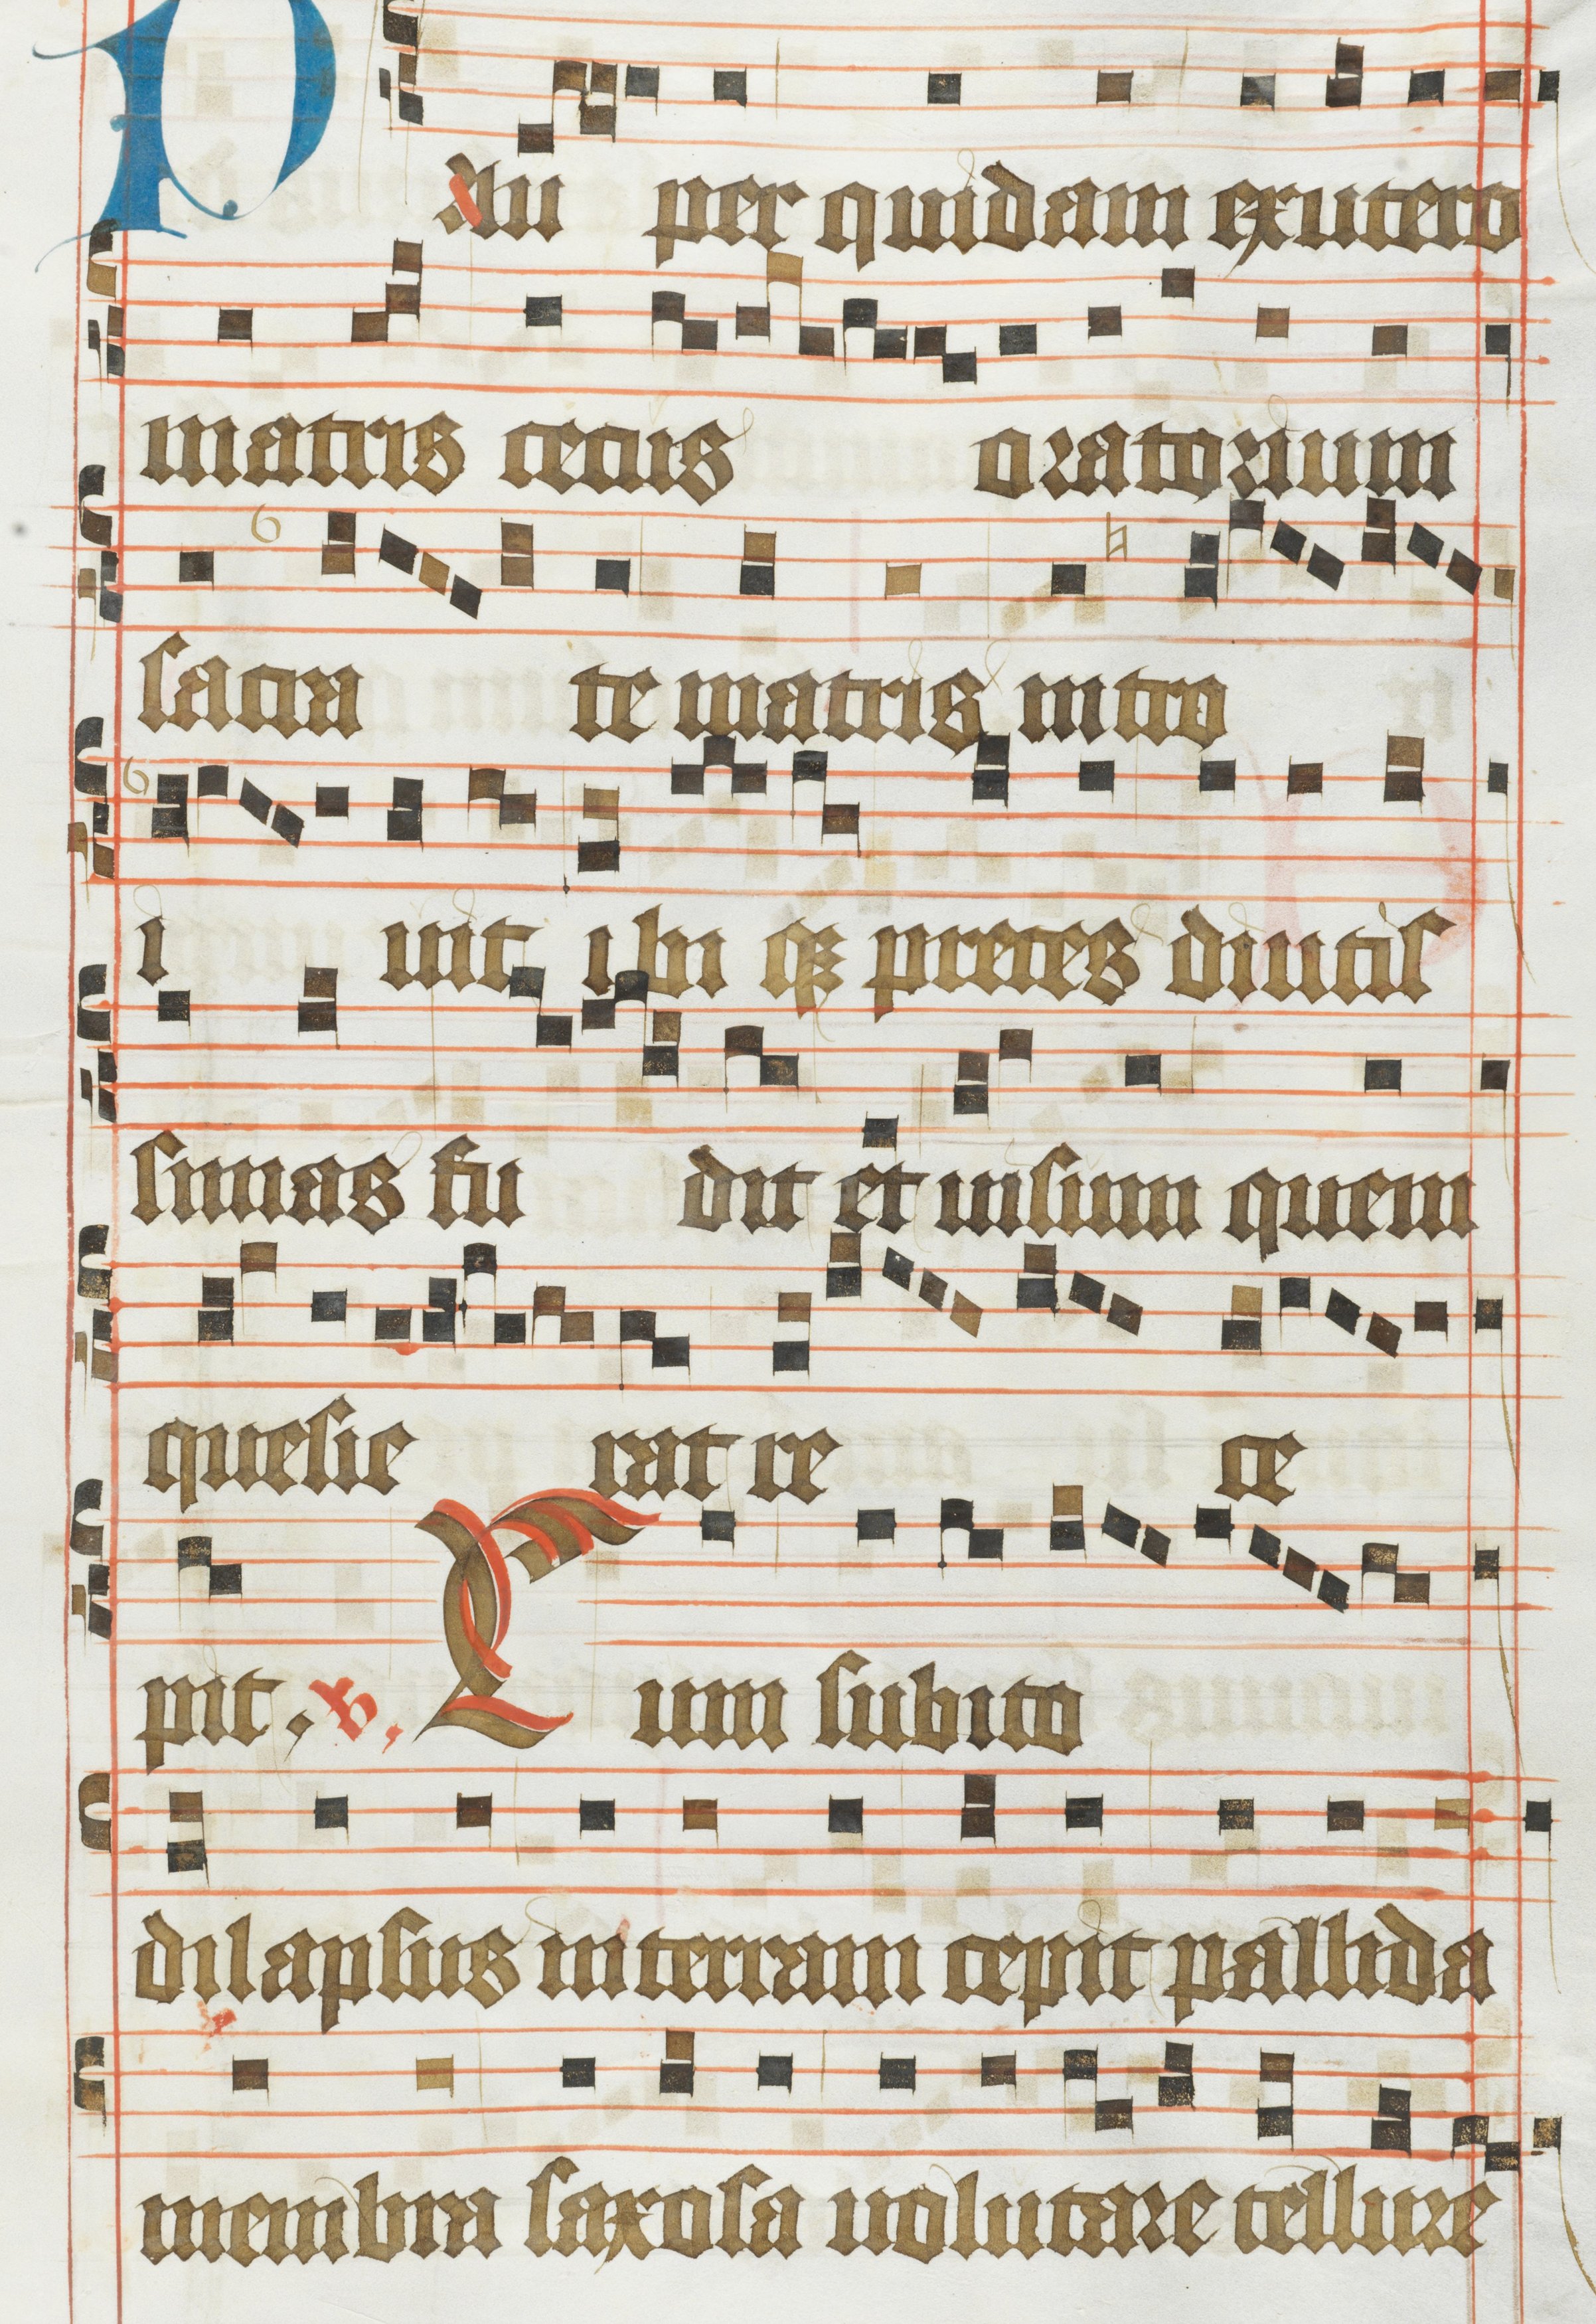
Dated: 1483–1484